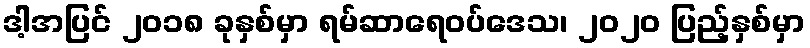
ဒါ့အပြင် ၂၀၁၈ ခုနှစ်မှာ ရမ်ဆာရေဝပ်ဒေသ၊ ၂၀၂၀ ပြည့်နှစ်မှာ